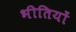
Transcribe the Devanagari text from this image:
भीतियों